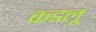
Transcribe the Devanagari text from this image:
कडलू